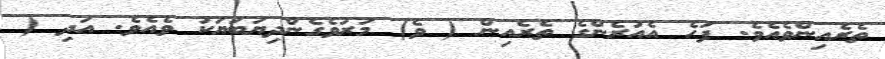
ތެރެއިންވެއެވެ. ފަހެ އެއުރެންގެ ތެރެއިން ( ވެ) މަރުވެގެންދިޔަބަޔަކު ވެއެވެ. އަދި (